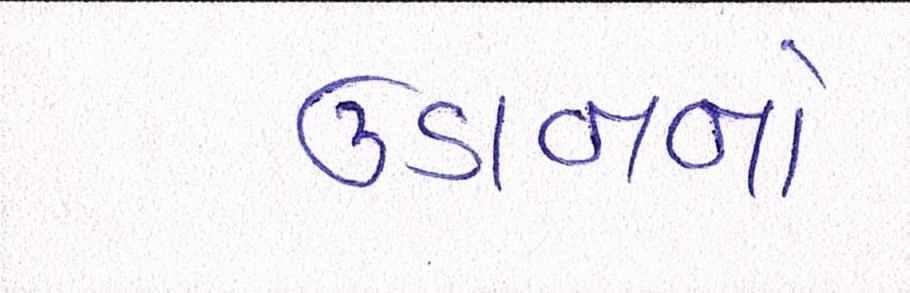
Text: ઉડાનનો